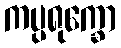
ကပ္ပရုက္ခော